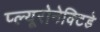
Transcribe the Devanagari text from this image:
प्ल्यूरोनेक्टिडे